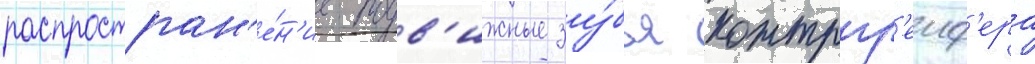
распростран'е́н'ие подв'ижные зу́бья контргр'еиф'ера